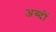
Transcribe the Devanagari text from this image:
अब्दों